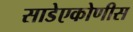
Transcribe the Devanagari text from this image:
साडेएकोणीस